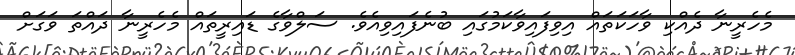
މެހެރީނާ ދެއްކި ވާހަކަތައް އިވިފައިވާކަމުގައި ބުނެފައިވިއެވެ. ސަލްވާގެ ޑައިރީތައް މެހެރީނާ ދައްތަ ވަގަށް